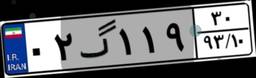
۵۰گ۸۸۸۹۶